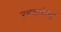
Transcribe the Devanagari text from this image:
उचललेल्या